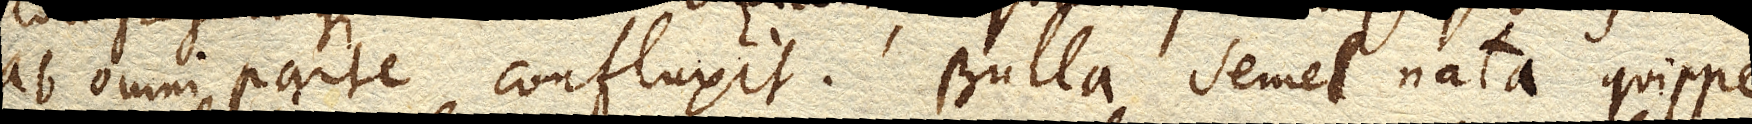
ab omni parte confluxit. Bulla semel nata quippe